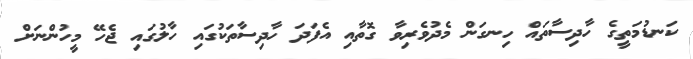
ކަނޑުމަތީގެ ހާދިސާތައް ހިނގަން މެދުވެރިވާ ގޮތާއި އެފަދަ ހާދިސާތަކުގައި ހާލުގައި ޖެހޭ މީހުންނަށް